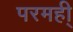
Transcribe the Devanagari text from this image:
परमही्